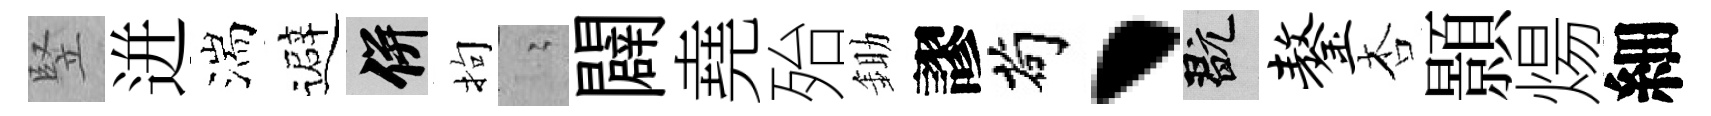
竪迸湍避并拘隐闢堯殆鋤謬茍、玩鏊杏顥煬細